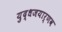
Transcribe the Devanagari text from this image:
युद्धजयार्णव